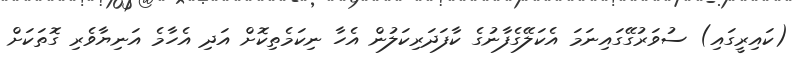
(ކައިރީގައި) ސުވަރުގޭގައިނަމަ އެކަލޭގެފާނުގެ ކާފަދަރިކަލުން އެހާ ނިކަމެތިކޮށް އަދި އެހާމެ އަނިޔާވެރި ގޮތަކަށް